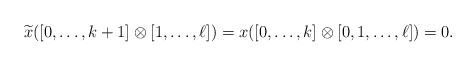
\begin{align*} \widetilde{x}([0,\ldots, k+1]\otimes [1,\ldots, \ell])= x([0,\ldots, k]\otimes [0,1,\ldots, \ell])=0. \end{align*}